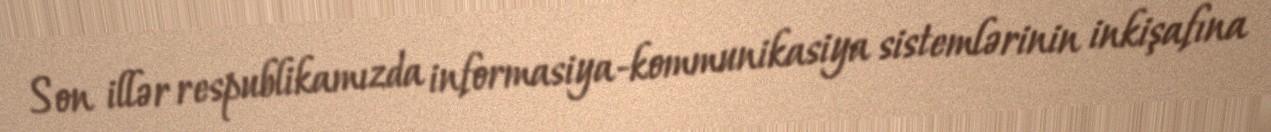
Son illər respublikamızda informasiya-kommunikasiya sistemlərinin inkişafına